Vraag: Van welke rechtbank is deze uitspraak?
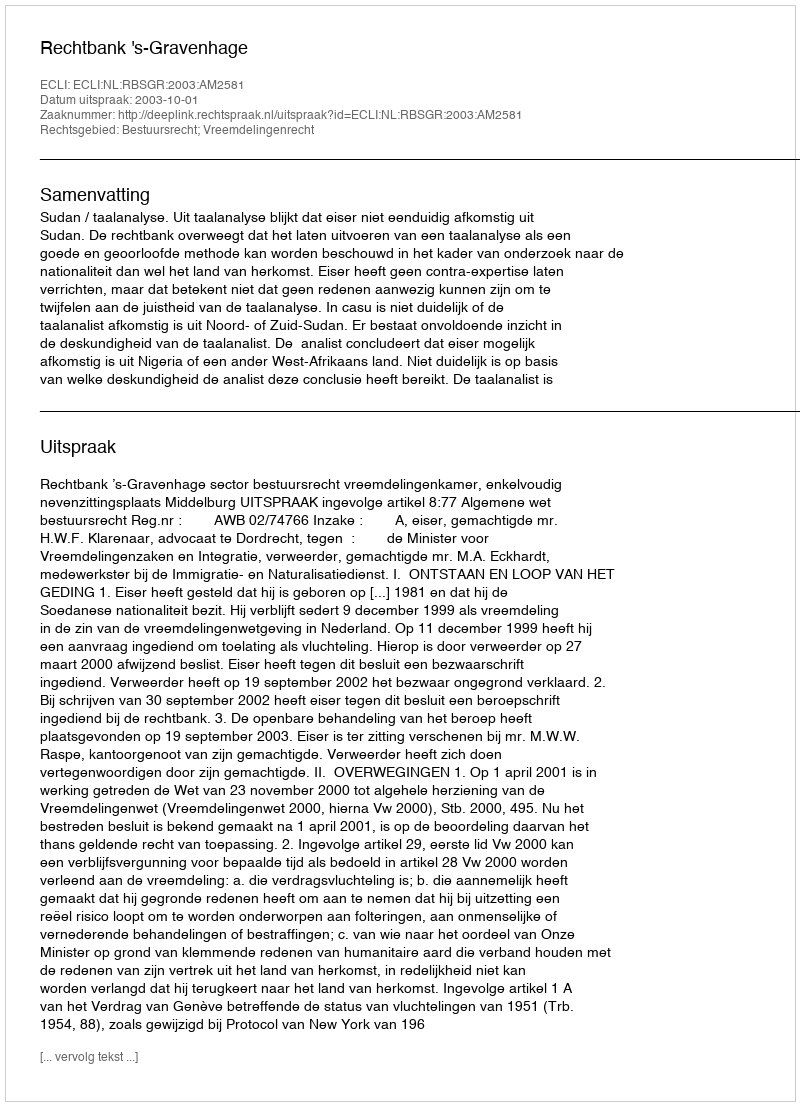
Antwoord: Rechtbank 's-Gravenhage